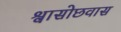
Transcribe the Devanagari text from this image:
श्वासोछवास